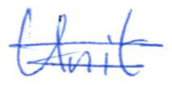
Text: Unit
Cross-out: double-line
Writing tool: ballpoint